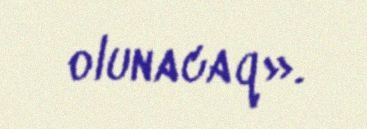
olunacaq».